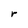
Character: r